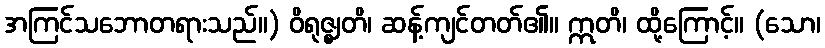
အကြင်သဘောတရားသည်။) ဝိရုဇ္ဈတိ၊ ဆန့်ကျင်တတ်၏။ ဣတိ၊ ထို့ကြောင့်။ (သော၊